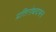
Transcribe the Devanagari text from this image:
प्रतिरोधदमन